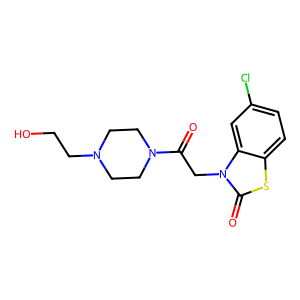
SMILES: O=C(Cn1c(=O)sc2ccc(Cl)cc21)N1CCN(CCO)CC1
Inhibits HIV replication: No